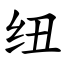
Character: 纽